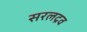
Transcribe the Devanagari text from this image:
सरलद्रव